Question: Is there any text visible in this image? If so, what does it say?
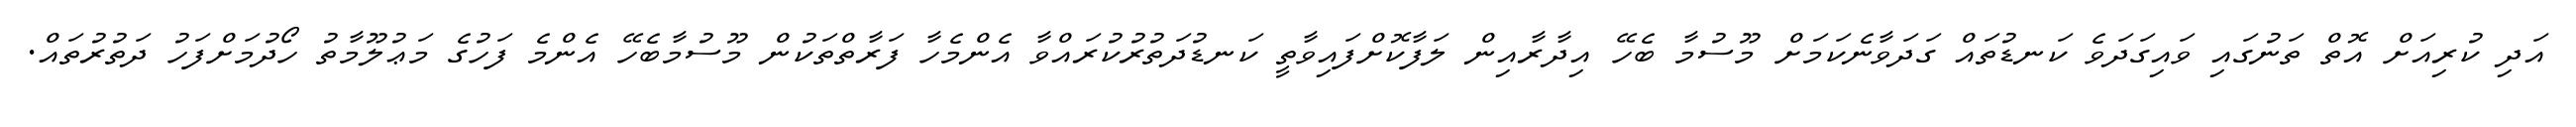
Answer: އަދި ކުރިއަށް އޮތް ތަނުގައި ވައިގަދަވެ ކަނޑުތައް ގަދަވާނެކަމަށް މޫސުމާ ބެހޭ އިދާރާއިން ލަފާކޮށްފައިވާތީ ކަނޑުދަތުރުކުރައްވާ އެންމެހާ ފަރާތްތަކުން މޫސުމާބެހޭ އެންމެ ފަހުގެ މަޢުލޫމާތު ހޯދުމަށްފަހު ދަތުރުތައް.